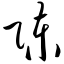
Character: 陈